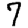
Digit: 7